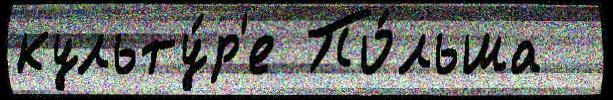
культу́р'е По́льша